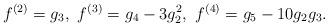
LaTeX: \begin{align*} f^{(2)} = g_3, ~ f^{(3)} = g_4-3g_2^2, ~ f^{(4)} = g_5 - 10g_2g_3.\end{align*}